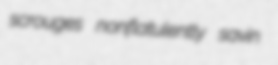
scrouges nonflatulently savin